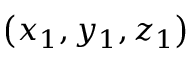
\left( x _ { 1 } , y _ { 1 } , z _ { 1 } \right)